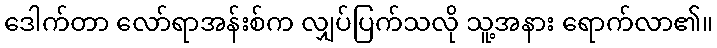
ဒေါက်တာ လော်ရာအန်းစ်က လျှပ်ပြက်သလို သူ့အနား ရောက်လာ၏။